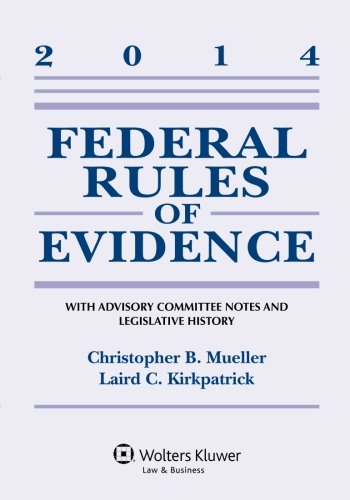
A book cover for Federal Rules of Evidence: With Advisory Committee Notes Supplement; Christopher B. Mueller; Law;